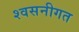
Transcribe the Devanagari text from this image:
श्वसनीगत